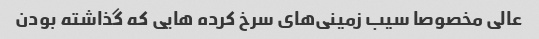
عالی مخصوصا سیب زمینی‌های سرخ کرده هایی که گذاشته بودن